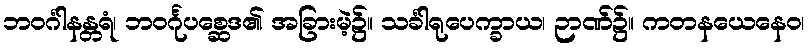
ဘဝင်္ဂါနန္တရံ၊ ဘဝင်္ဂုပစ္ဆေဒ၏ အခြားမဲ့၌။ သင်္ခါရုပေက္ခာယ၊ ဉာဏ်၌။ ကတနယေနေဝ၊